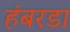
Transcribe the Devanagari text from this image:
हंबरडा